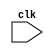
// DESCRIPTION: Verilator: Verilog Test module
//
// This file ONLY is placed into the Public Domain, for any use,
// without warranty, 2013 by Wilson Snyder.

module t
  (
   input wire clk
   );

   integer    cyc; initial cyc = 0;

   always @ (posedge clk) begin
      cyc <= cyc + 1;
   end
endmodule